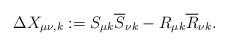
LaTeX: \begin{align*} \Delta X_{\mu \nu,k}:= S_{\mu k} \overline{S}_{\nu k}-R_{\mu k} \overline{R}_{\nu k}. \end{align*}